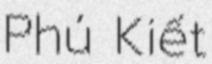
Phú Kiết